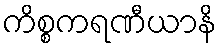
ကိစ္စကရဏီယာနိ